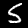
Label: 5